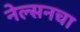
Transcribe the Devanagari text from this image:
नेल्सनचा